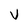
Character: v